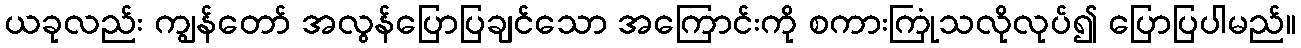
ယခုလည်း ကျွန်တော် အလွန်ပြောပြချင်သော အကြောင်းကို စကားကြုံသလိုလုပ်၍ ပြောပြပါမည်။